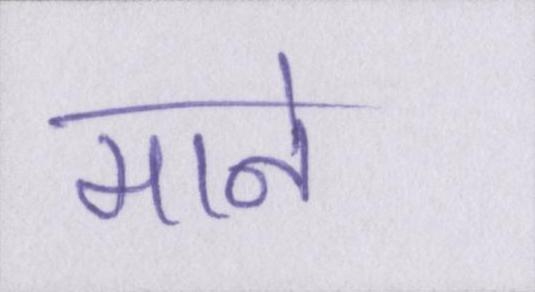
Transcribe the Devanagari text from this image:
माने